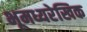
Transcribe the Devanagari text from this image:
भूमध्यरेखिक